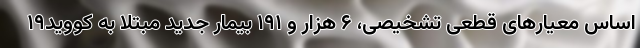
اساس معیارهای قطعی تشخیصی، ۶ هزار و ۱۹۱ بیمار جدید مبتلا به کووید۱۹